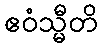
ဧဝံသ္မီတိ